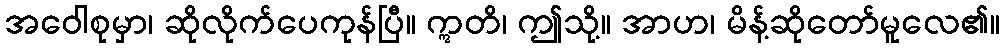
အဝေါစုမှာ၊ ဆိုလိုက်ပေကုန်ပြီ။ ဣတိ၊ ဤသို့။ အာဟ၊ မိန့်ဆိုတော်မူလေ၏။